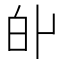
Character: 𤽆